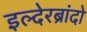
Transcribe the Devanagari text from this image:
इल्देरब्रांदो